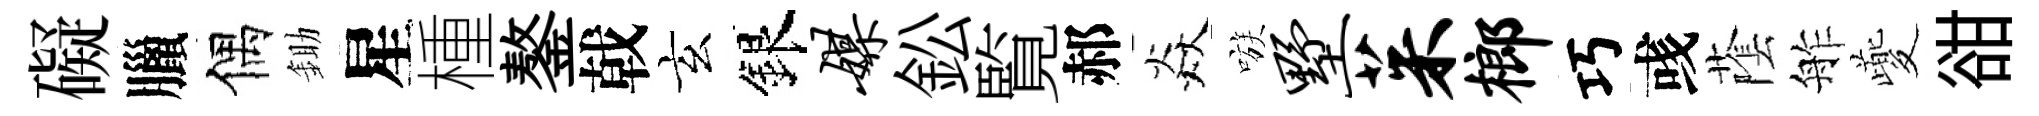
礙臘偶鋤星㮔鏊戟玄銀媒鈆覧郝焱嗾墅茱榔巧彧䕃舴夔𧮳